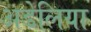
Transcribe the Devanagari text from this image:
अडेलिया